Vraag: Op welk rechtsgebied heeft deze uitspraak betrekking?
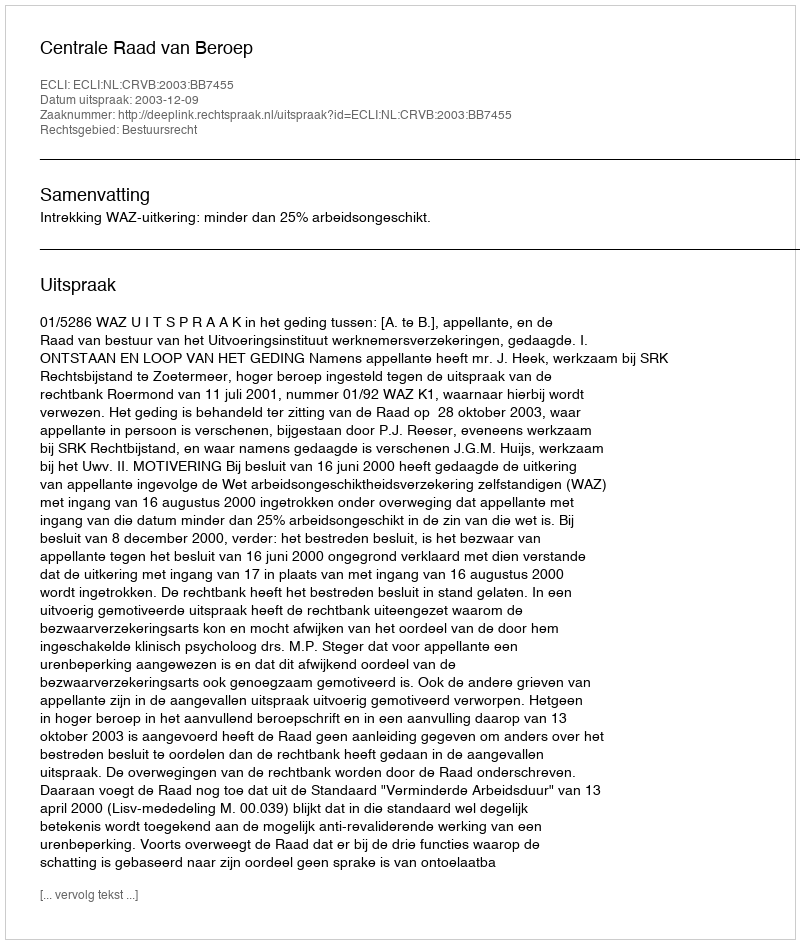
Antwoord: Bestuursrecht